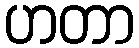
ဟတာ